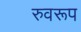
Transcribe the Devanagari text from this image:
रुवरूप